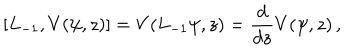
LaTeX: [ L _ { - 1 } , V ( \psi , z ) ] = V ( L _ { - 1 } \psi , z ) = { \frac { d } { d z } } V ( \psi , z ) \, ,